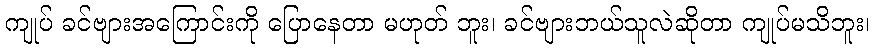
ကျုပ် ခင်ဗျားအကြောင်းကို ပြောနေတာ မဟုတ် ဘူး၊ ခင်ဗျားဘယ်သူလဲဆိုတာ ကျုပ်မသိဘူး၊